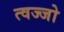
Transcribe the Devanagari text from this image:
त्वज्जो